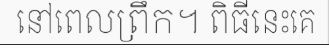
នៅពេលព្រឹក។ ពិធីនេះគេ